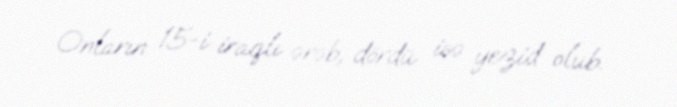
Onların 15-i iraqlı ərəb, dördü isə yezid olub.